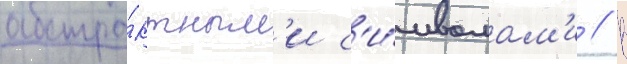
абстра́ктным'и с'и́мволам'и // В